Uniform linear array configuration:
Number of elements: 48
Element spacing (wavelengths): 0.25
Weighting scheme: exponential
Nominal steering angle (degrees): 15
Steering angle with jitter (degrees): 14.506
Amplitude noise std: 0.05
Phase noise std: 0.05

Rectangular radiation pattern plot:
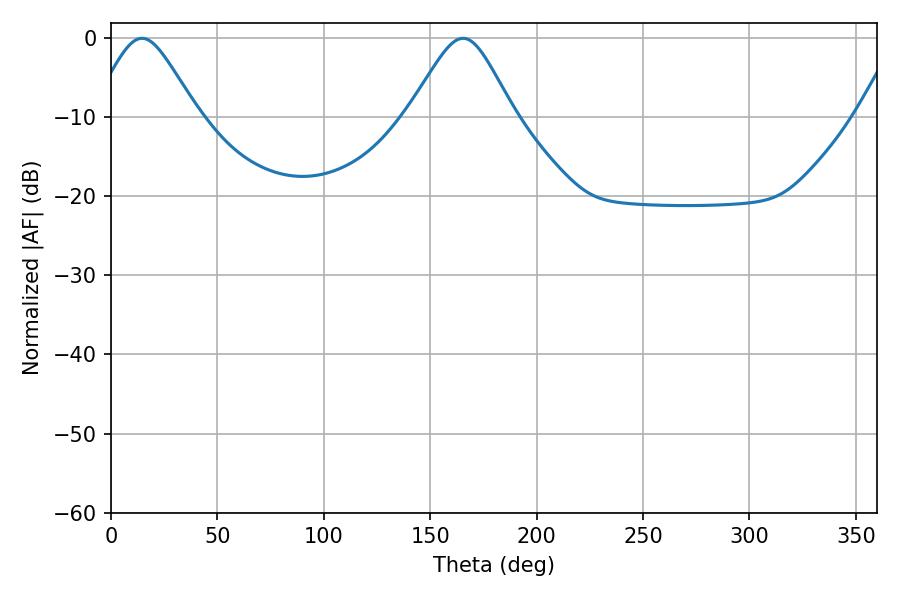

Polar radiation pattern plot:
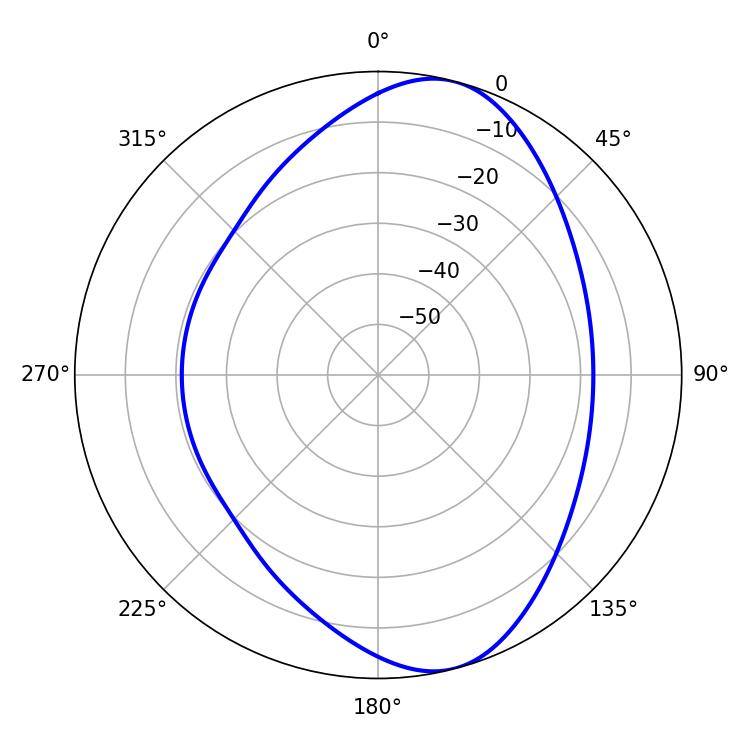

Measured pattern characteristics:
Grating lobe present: FALSE
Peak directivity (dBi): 8.73
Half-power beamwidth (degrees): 23.94
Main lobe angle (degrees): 14.58